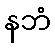
နဘံ